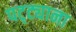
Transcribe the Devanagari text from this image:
पट्ट्याना